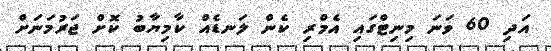
އަދި 60 ވަނަ މިނިޓްގައި އެމްރި ކެން ލަނޑެއް ކާމިޔާބު ކޮށް ޖަރުމަނަށް